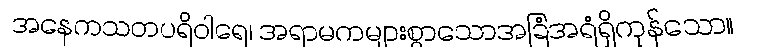
အနေကသတပရိဝါရေ၊ အရာမကများစွာသောအခြံအရံရှိကုန်သော။